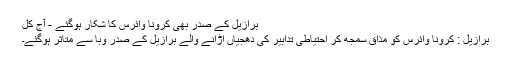
برازیل کے صدر بھی کرونا وائرس کا شکار ہوگئے - آج کل
برازیل : کرونا وائرس کو مذاق سمجھ کر احتیاطی تدابیر کی دھجیاں اڑانے والے برازیل کے صدر وبا سے متاثر ہوگئے۔